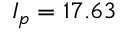
I _ { p } = 1 7 . 6 3